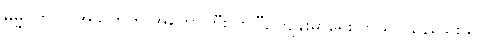
ဓမ္မဂုတ်။ ။ အသက်က အတော်ကြီးလာပြီ, ကျန်းမာရေး ဘယ်လိုနေသေးသလဲ။